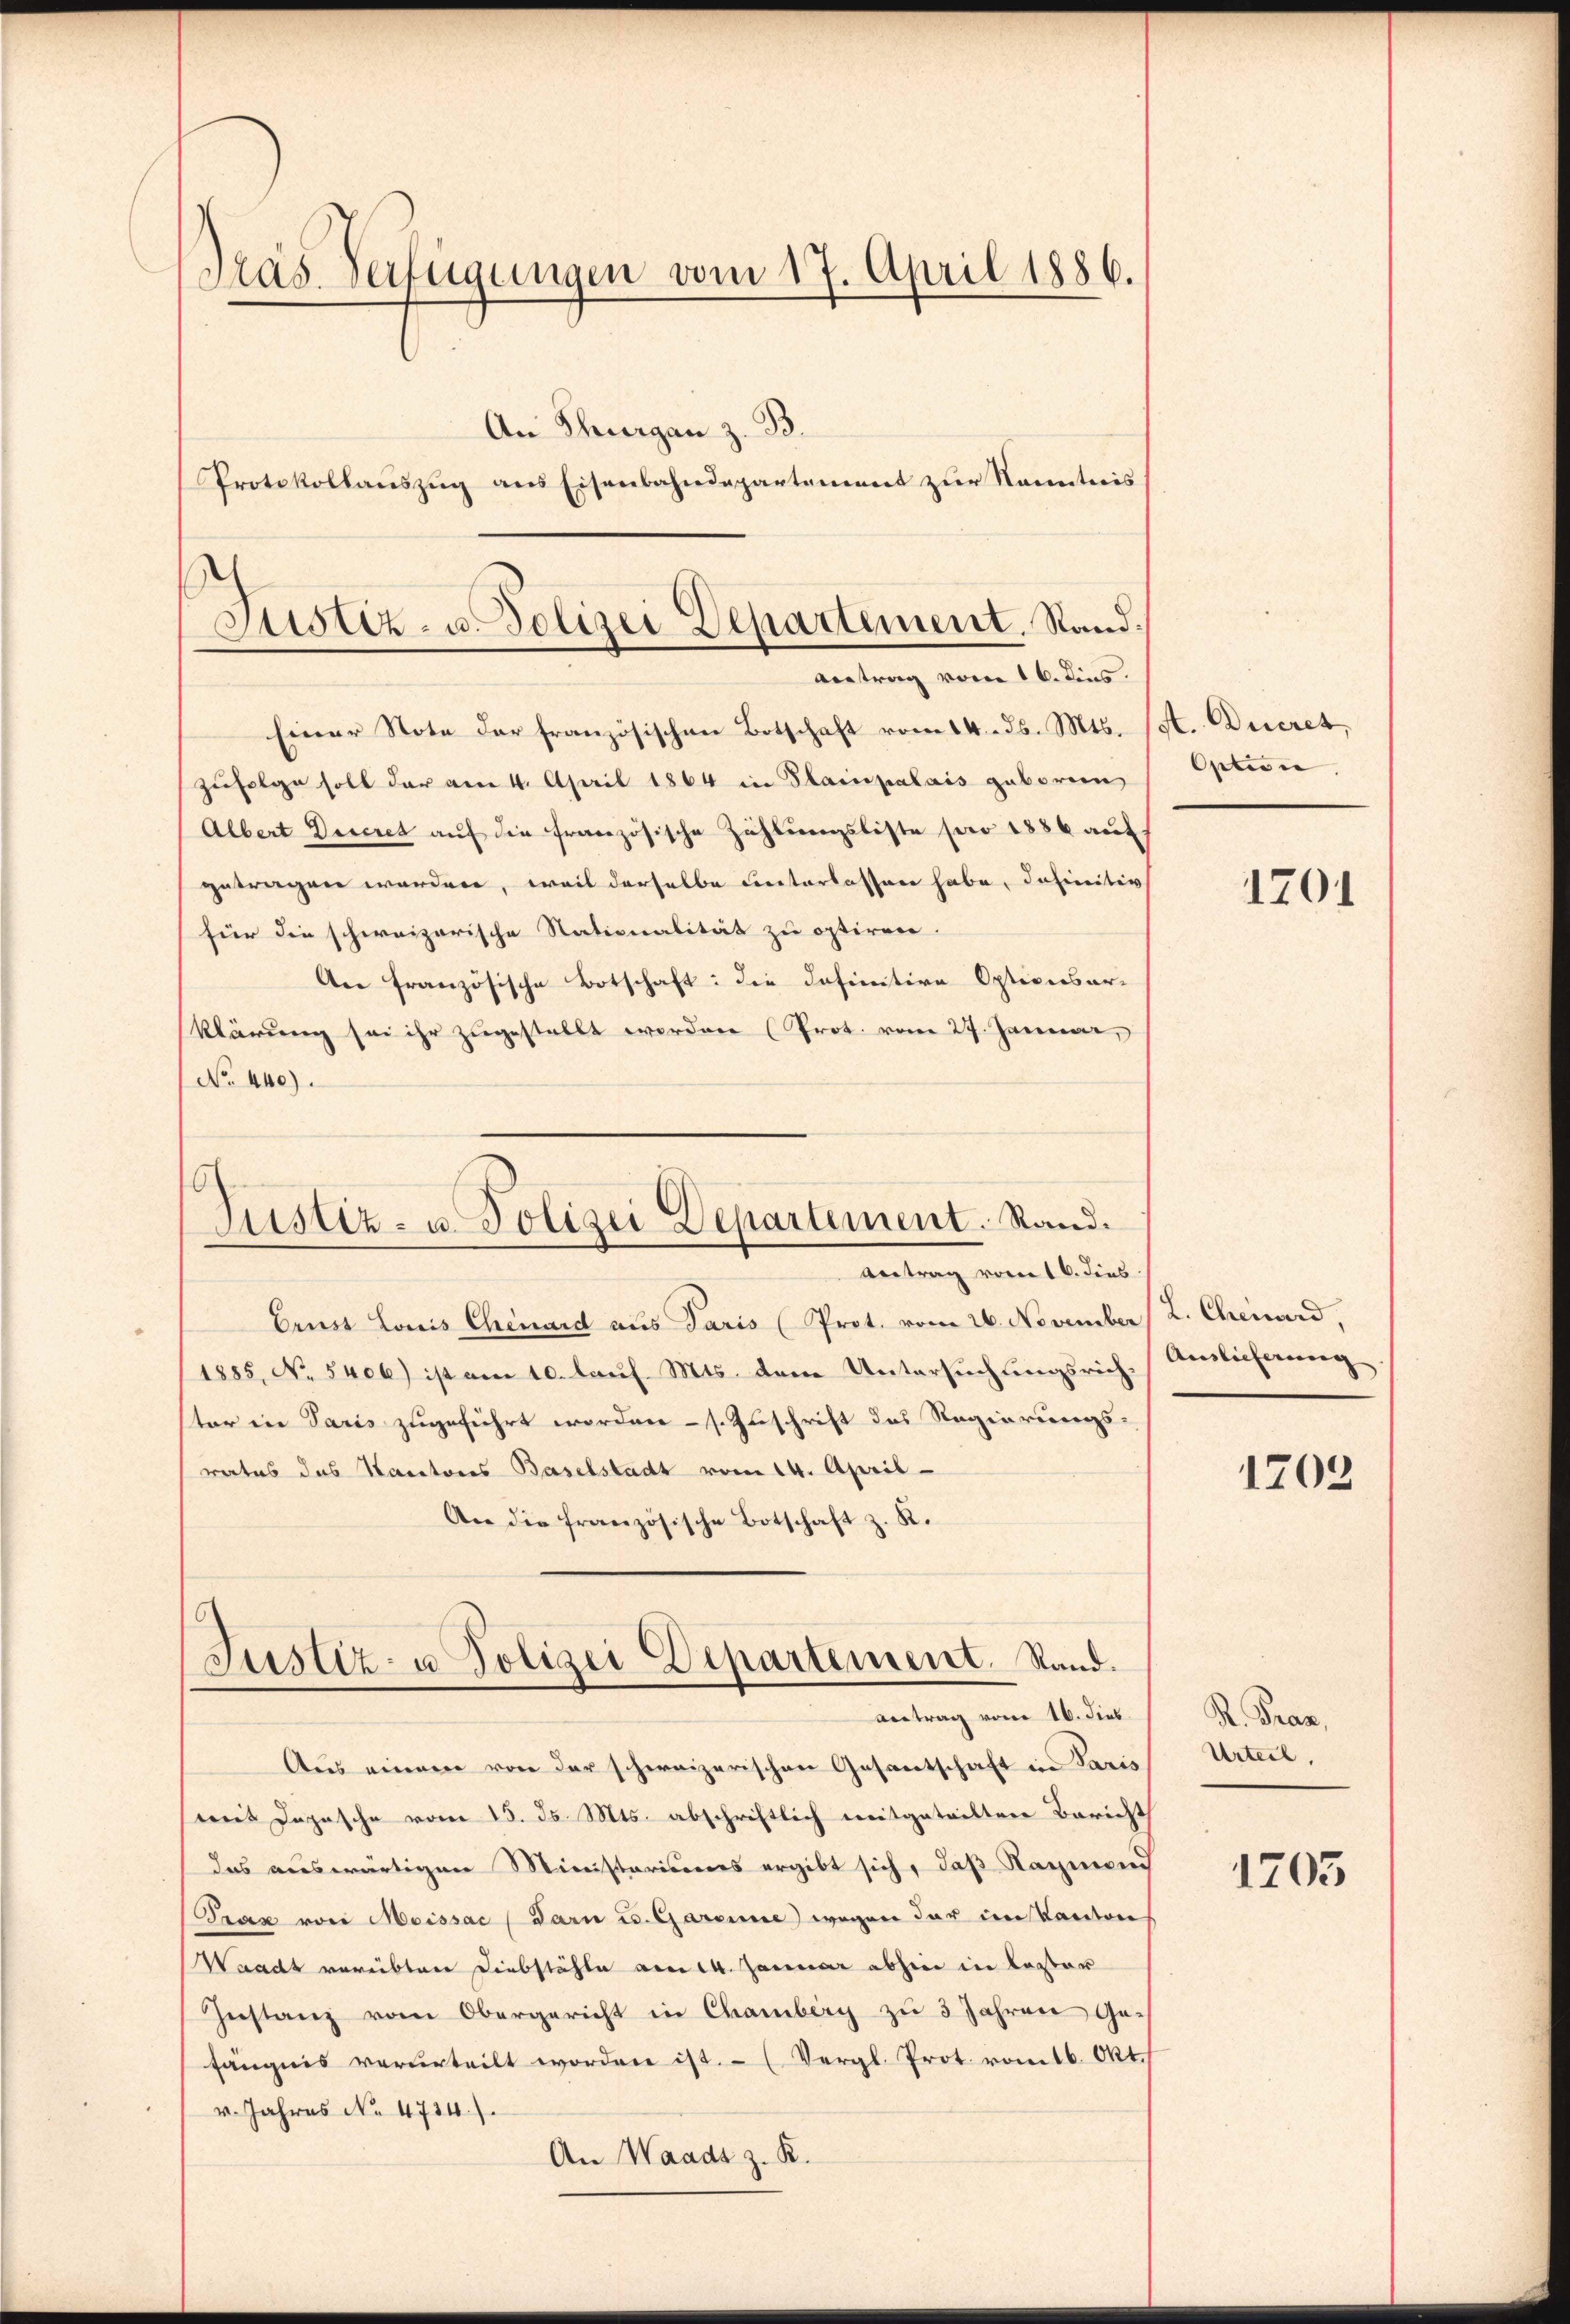
Pras Verfügungen vom 17. April 1886.
An Thurgau z. B.
Protokollauszug aus Eisenbahndepartement zur Kenntnis

Justiz- u. Polizei Departement. Stand.
Antrag vom 16. dies.

Einer Note der französischen Botschaft vom 14. ds. Mts. A. Ducret
zufolge soll der am 4. April 1864 in Plainpalais geboren,
Albert Decret auf die französische Zählungsliste sero 1886 auf
getragen worden, weil derselbe unterlassen habe, definitiv
für die schweizerische Nationalität zu optiren.
An französische Botschaft: die Infinitive Opticisar-
klärŭng sei ihr zŭgestellt werden (Prot. vom 27. Januar,
No 440).
Justiz- u. Polizei Departement. Rand.

Antrag vom 16. dies

Erust Louis Chenard aus Paris (Prot. vom 26. November (2. Chinard
1885, No. 5406) ist am 10. lauf. Mts. dem Untersuchungsrich, Auslicherung
ster in Paris zugeführt worden - s. Zuschrift des Regierungs-
rates das Kantons Baselstadt vom 14. April
An die französische Botschaft z. K.
Aus einem von der schweizerischen Gesantschaft in Paris
mit Depesche vom 13. ds. Mts. abschriftlich mitgeteilten Bericht
das auswärtigen Ministariserers ergibt sich, daß Raymond
Trax von Moissac / Darn u. Garanne wegen dar im Kanton
Waadt verübten Diebstähle am 14. Januar abhin in Koster
Instanz vom Obergericht in Chamberg zu 3 Jahren Ge-
fängnis verurteilt worden ist. (Vergl. Prot. vom 16. Okt.
v. Jahres No. 4734).
An Waadt z. B.

Justiz- u Polizei Departement. Stand.
Antrag vom 16. dies

Option

1701

1703

R. Tran,
Urteil,

1703